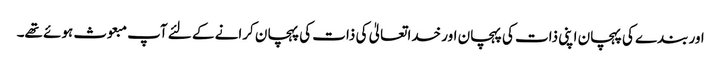
اور بندے کی پہچان اپنی ذات کی پہچان اور خداتعالیٰ کی ذات کی پہچان کرانے کے لئے آپ مبعوث ہوئے تھے۔